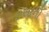
ઇસાનો